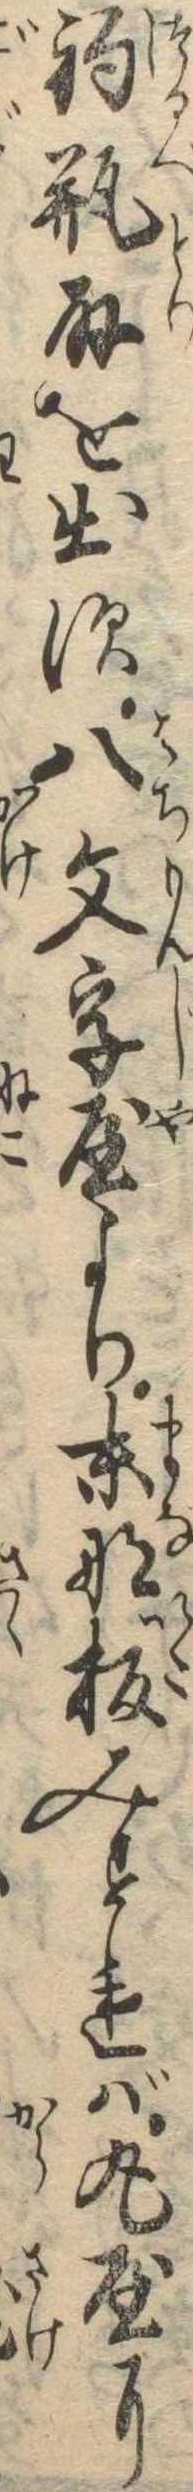
釣瓶取を出す八文字屋より末那板みすれば丸屋に